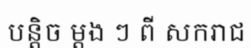
បន្តិច ម្តង ៗ ពី សករាជ